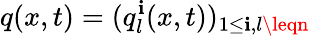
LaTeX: q(x,t)=(q_{l}^{\mathbf{i}}(x,t))_{1\leq\mathbf{i},l\leqn}